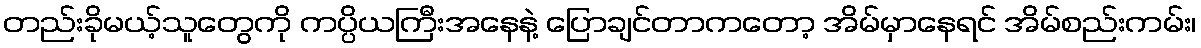
တည်းခိုမယ့်သူတွေကို ကပ္ပိယကြီးအနေနဲ့ ပြောချင်တာကတော့ အိမ်မှာနေရင် အိမ်စည်းကမ်း၊